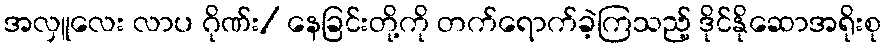
အလှူလေး လာပ ဂိုဏ်း/ နေခြင်းတို့ကို တက်ရောက်ခဲ့ကြသည့် ဒိုင်နိုဆောအရိုးစု